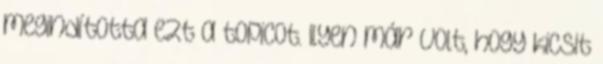
megindította ezt a topicot. Ilyen már volt, hogy kicsit